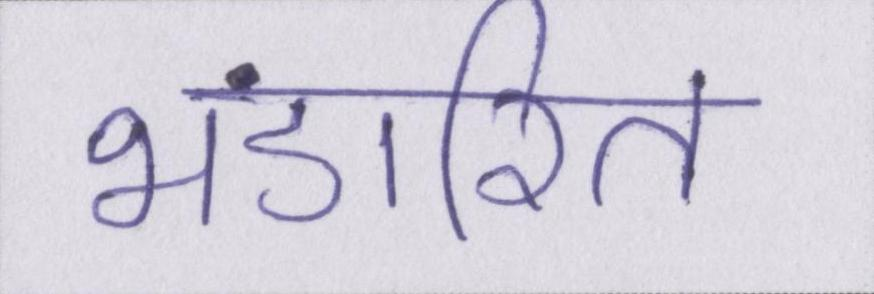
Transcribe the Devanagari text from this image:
भंडारित